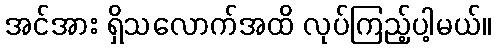
အင်အား ရှိသလောက်အထိ လုပ်ကြည့်ပါ့မယ်။